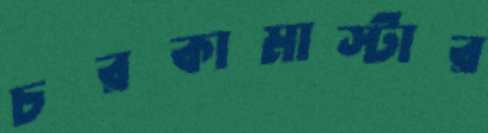
চরকামাস্টার